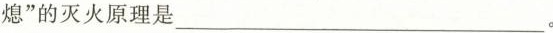
熄”的灭火原理是___。